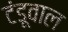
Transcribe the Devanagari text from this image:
टंडूवाल